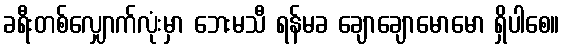
ခရီးတစ်လျှောက်လုံးမှာ ဘေးမသီ ရန်မခ ချောချောမောမော ရှိပါစေ။